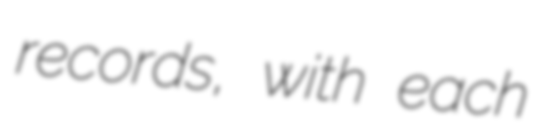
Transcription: records, with each